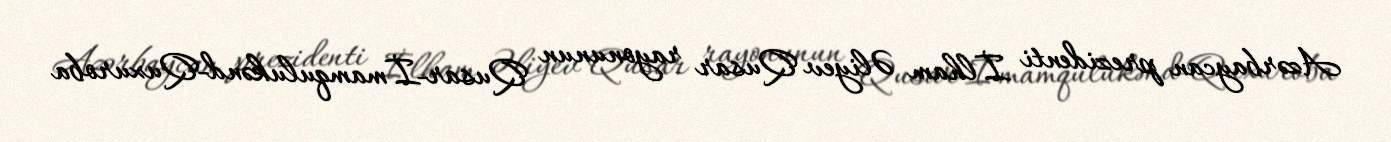
Azərbaycan prezidenti İlham Əliyev Qusar rayonunun Qusar-İmamqulukənd-Quxuroba